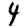
Digit: 4